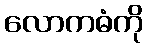
လောကဓံကို